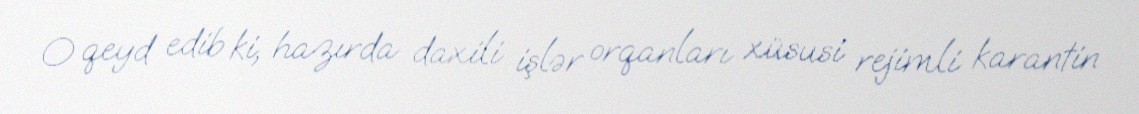
O qeyd edib ki, hazırda daxili işlər orqanları xüsusi rejimli karantin